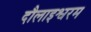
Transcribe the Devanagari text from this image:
दौलाइश्वरम